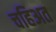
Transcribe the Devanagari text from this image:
चहिअत